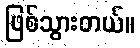
ဖြစ်သွားတယ်။